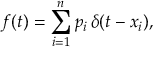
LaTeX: f ( t ) = \sum _ { i = 1 } ^ { n } p _ { i } \, \delta ( t - x _ { i } ) ,